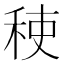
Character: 𮃂